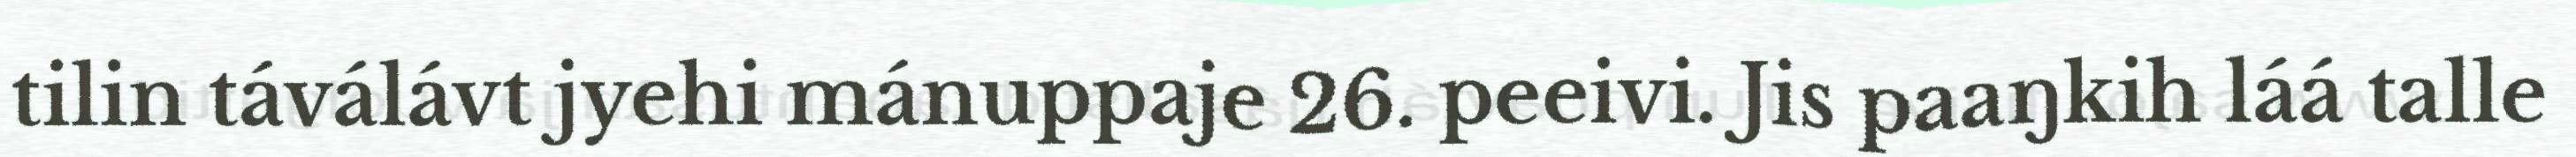
tilin táválávt jyehi mánuppaje 26. peeivi. Jis paaŋkih láá talle